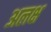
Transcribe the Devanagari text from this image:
अलक्ष